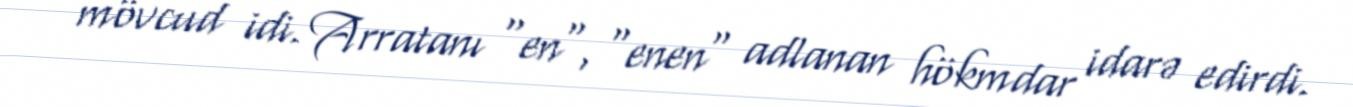
mövcud idi. Arratanı "en", "enen" adlanan hökmdar idarə edirdi.